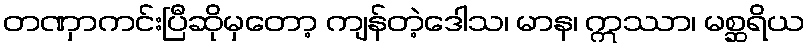
တဏှာကင်းပြီဆိုမှတော့ ကျန်တဲ့ဒေါသ၊ မာန၊ ဣဿာ၊ မစ္ဆရိယ